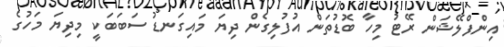
އިންފްލޭޝަން ރޭޓު މިހާ ބޮޑުތަން އުފުލިގެން ދިޔަ މައިގަނޑު ސަބަބަކީ މިދިޔަ މަހުގެ